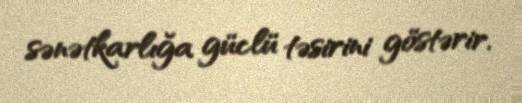
sənətkarlığa güclü təsirini göstərir.